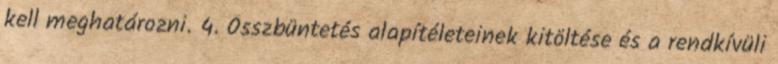
kell meghatározni. 4. Összbüntetés alapítéleteinek kitöltése és a rendkívüli